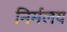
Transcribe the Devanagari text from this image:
निर्मलय